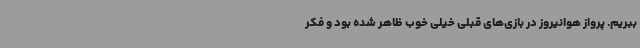
ببریم. پرواز هوانیروز در بازی‌های قبلی خیلی خوب ظاهر شده بود و فکر